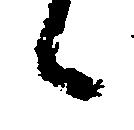
候